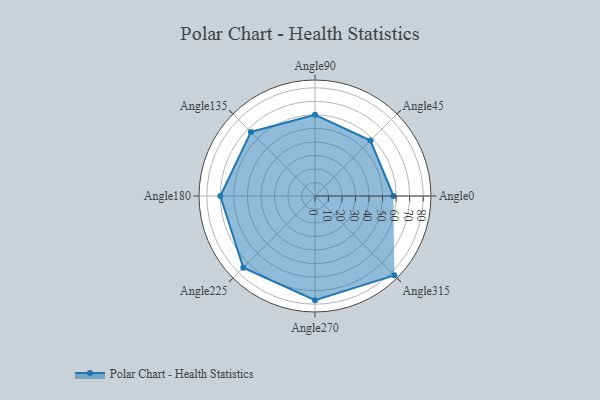
{"axis": {"x": "Angle", "y": "Radius"}, "legend": [""], "data": [{"x": "Angle0", "y": 58.0, "type": ""}, {"x": "Angle45", "y": 58.0, "type": ""}, {"x": "Angle90", "y": 60.0, "type": ""}, {"x": "Angle135", "y": 67.0, "type": ""}, {"x": "Angle180", "y": 70.0, "type": ""}, {"x": "Angle225", "y": 75.0, "type": ""}, {"x": "Angle270", "y": 77.0, "type": ""}, {"x": "Angle315", "y": 83.0, "type": ""}]}